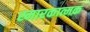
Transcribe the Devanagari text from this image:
स्मारकात्मक